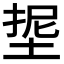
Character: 𭎵